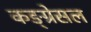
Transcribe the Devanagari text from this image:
कङ्ग्रेसल